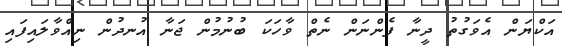
އަކްޔަން އެވަގުތު ދީނާ ފެންނަން ނެތް ވާހަކަ ބުނުމުން ޖަނާ އުނދުން ނިއްވާލައިފައި